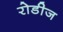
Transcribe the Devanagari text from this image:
रोडीज